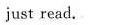
just read.